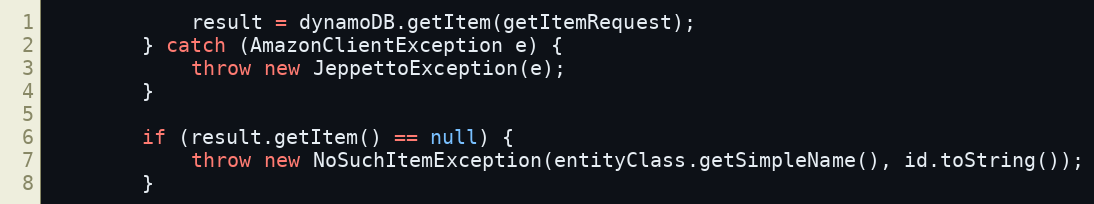
Language: Java
            result = dynamoDB.getItem(getItemRequest);
        } catch (AmazonClientException e) {
            throw new JeppettoException(e);
        }

        if (result.getItem() == null) {
            throw new NoSuchItemException(entityClass.getSimpleName(), id.toString());
        }